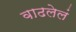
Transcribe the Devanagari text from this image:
वाढलेलं